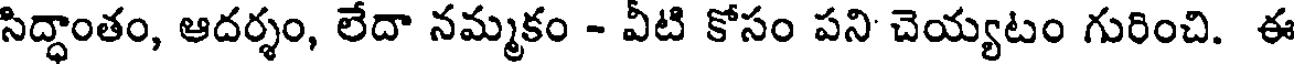
సిద్ధాంతం, ఆదర్శం, లేదా నమ్మకం - వీటి కోసం పని చెయ్యటం గురించి. ఈ